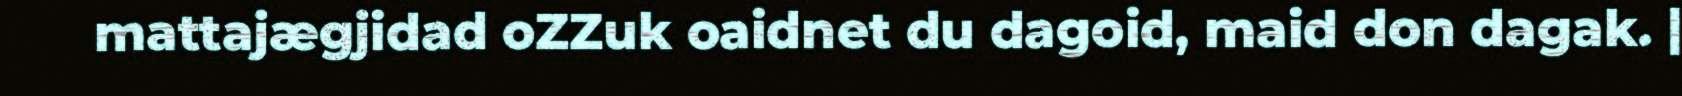
mattajægjidad oZZuk oaidnet du dagoid, maid don dagak. |